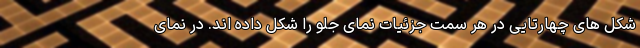
شکل های چهارتایی در هر سمت جزئیات نمای جلو را شکل داده اند. در نمای